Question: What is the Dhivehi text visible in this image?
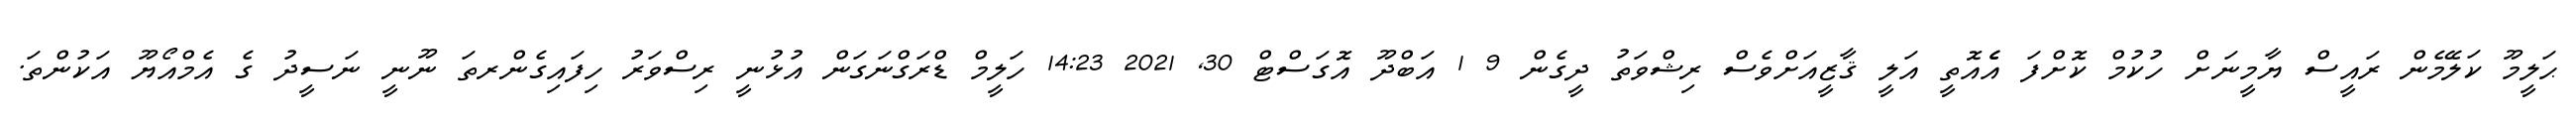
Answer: ޙަލީމޫ ކަލޭމެން ރައީސް ޔާމީނަށް ހުކުމް ކޮށްފަ އެެއޮތީ އަލީ ޤާޒީއަށްވެސް ރިޝްވަތު ދީގެން 9 1 އަބްދޫ އޮގަސްޓް 30, 2021 14:23 ހަލީމް ޑްރަގްނަގަން އުޅުނީ ރިސްވަރު ހިފައިގެންރތަ ނޫނީ ނަސީދު ގެ އެމްއޯޔޫ އަކުންތަ.